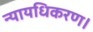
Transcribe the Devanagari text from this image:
न्यायधिकरण।